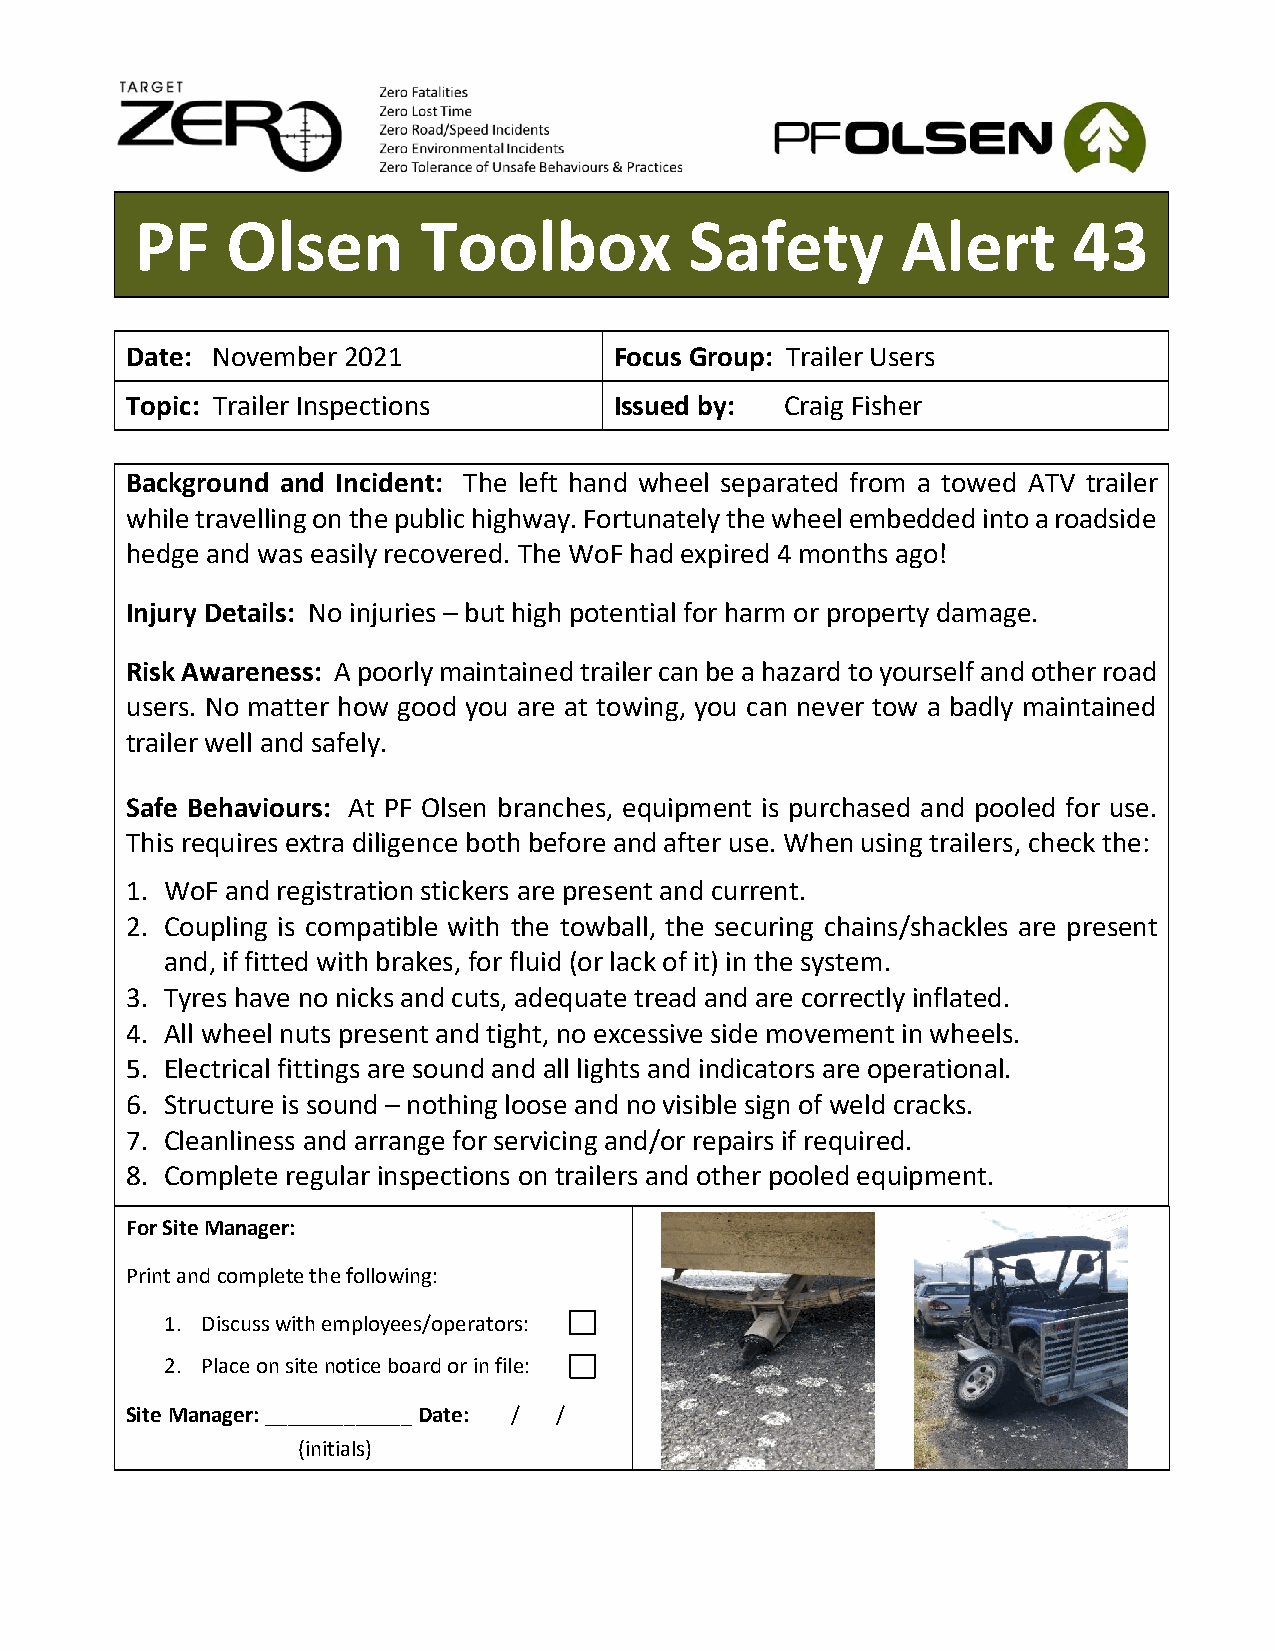
PF    Olsen        Toolbox           Safety        Alert      43
 Date: November 2021              Focus Group: Trailer Users
 Topic: Trailer Inspections       Issued by: Craig Fisher
 Background and Incident: The left hand wheel separated from a towed ATV trailer
 while travelling on the public highway. Fortunately the wheel embedded into a roadside
 hedge and was easily recovered. The WoF had expired 4 months ago!
 Injury Details: No injuries – but high potential for harm or property damage.
 Risk Awareness: A poorly maintained trailer can be a hazard to yourself and other road
 users. No matter how good you are at towing, you can never tow a badly maintained
 trailer well and safely.
 Safe Behaviours: At PF Olsen branches, equipment is purchased and pooled for use.
 This requires extra diligence both before and after use. When using trailers, check the:
 1. WoF and registration stickers are present and current.
 2. Coupling is compatible with the towball, the securing chains/shackles are present
 and, if fitted with brakes, for fluid (or lack of it) in the system.
 3. Tyres have no nicks and cuts, adequate tread and are correctly inflated.
 4. All wheel nuts present and tight, no excessive side movement in wheels.
 5. Electrical fittings are sound and all lights and indicators are operational.
 6. Structure is sound – nothing loose and no visible sign of weld cracks.
 7. Cleanliness and arrange for servicing and/or repairs if required.
 8. Complete regular inspections on trailers and other pooled equipment.
 For Site Manager:
 Print and complete the following:
 1. Discuss with employees/operators:
 2. Place on site notice board or in file:
 Site Manager: _____________ Date: / /
 (initials)